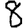
Digit: 8